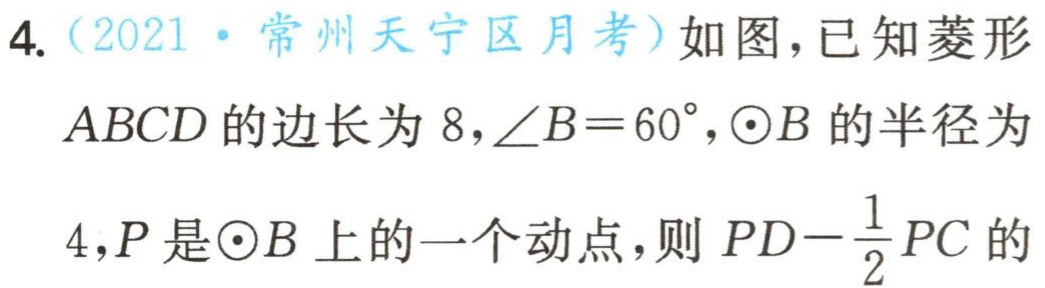
4.（2021·常州天宁区月考）如图，已知菱形

$ABCD$的边长为$8,\angle B = 60^{\circ},\odot B$的半径为

$4,P$是$\odot B$上的一个动点，则$PD - \frac{1}{2}PC$的